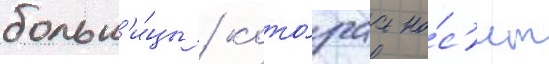
больн'и́цы / кото́раа но́с'ит